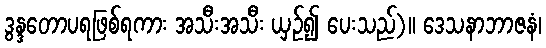
ဒွန္ဒတောပရဖြစ်ရကား အသီးအသီး ယှဉ်၍ ပေးသည်)။ ဒေသနာဘာဇနံ၊